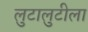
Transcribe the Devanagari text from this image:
लुटालुटीला